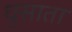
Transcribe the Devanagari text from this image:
घुसाता